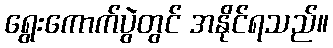
ရွေးကောက်ပွဲတွင် အနိုင်ရသည်။